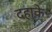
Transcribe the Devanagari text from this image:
दहाके